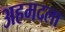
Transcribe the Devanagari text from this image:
अहमदला